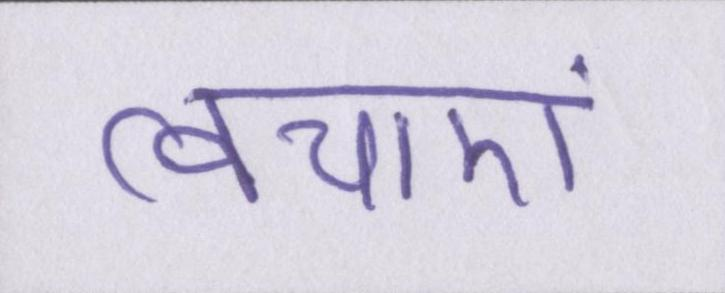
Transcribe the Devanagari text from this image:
त्वचाएं